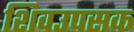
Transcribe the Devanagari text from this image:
शिवउपसक